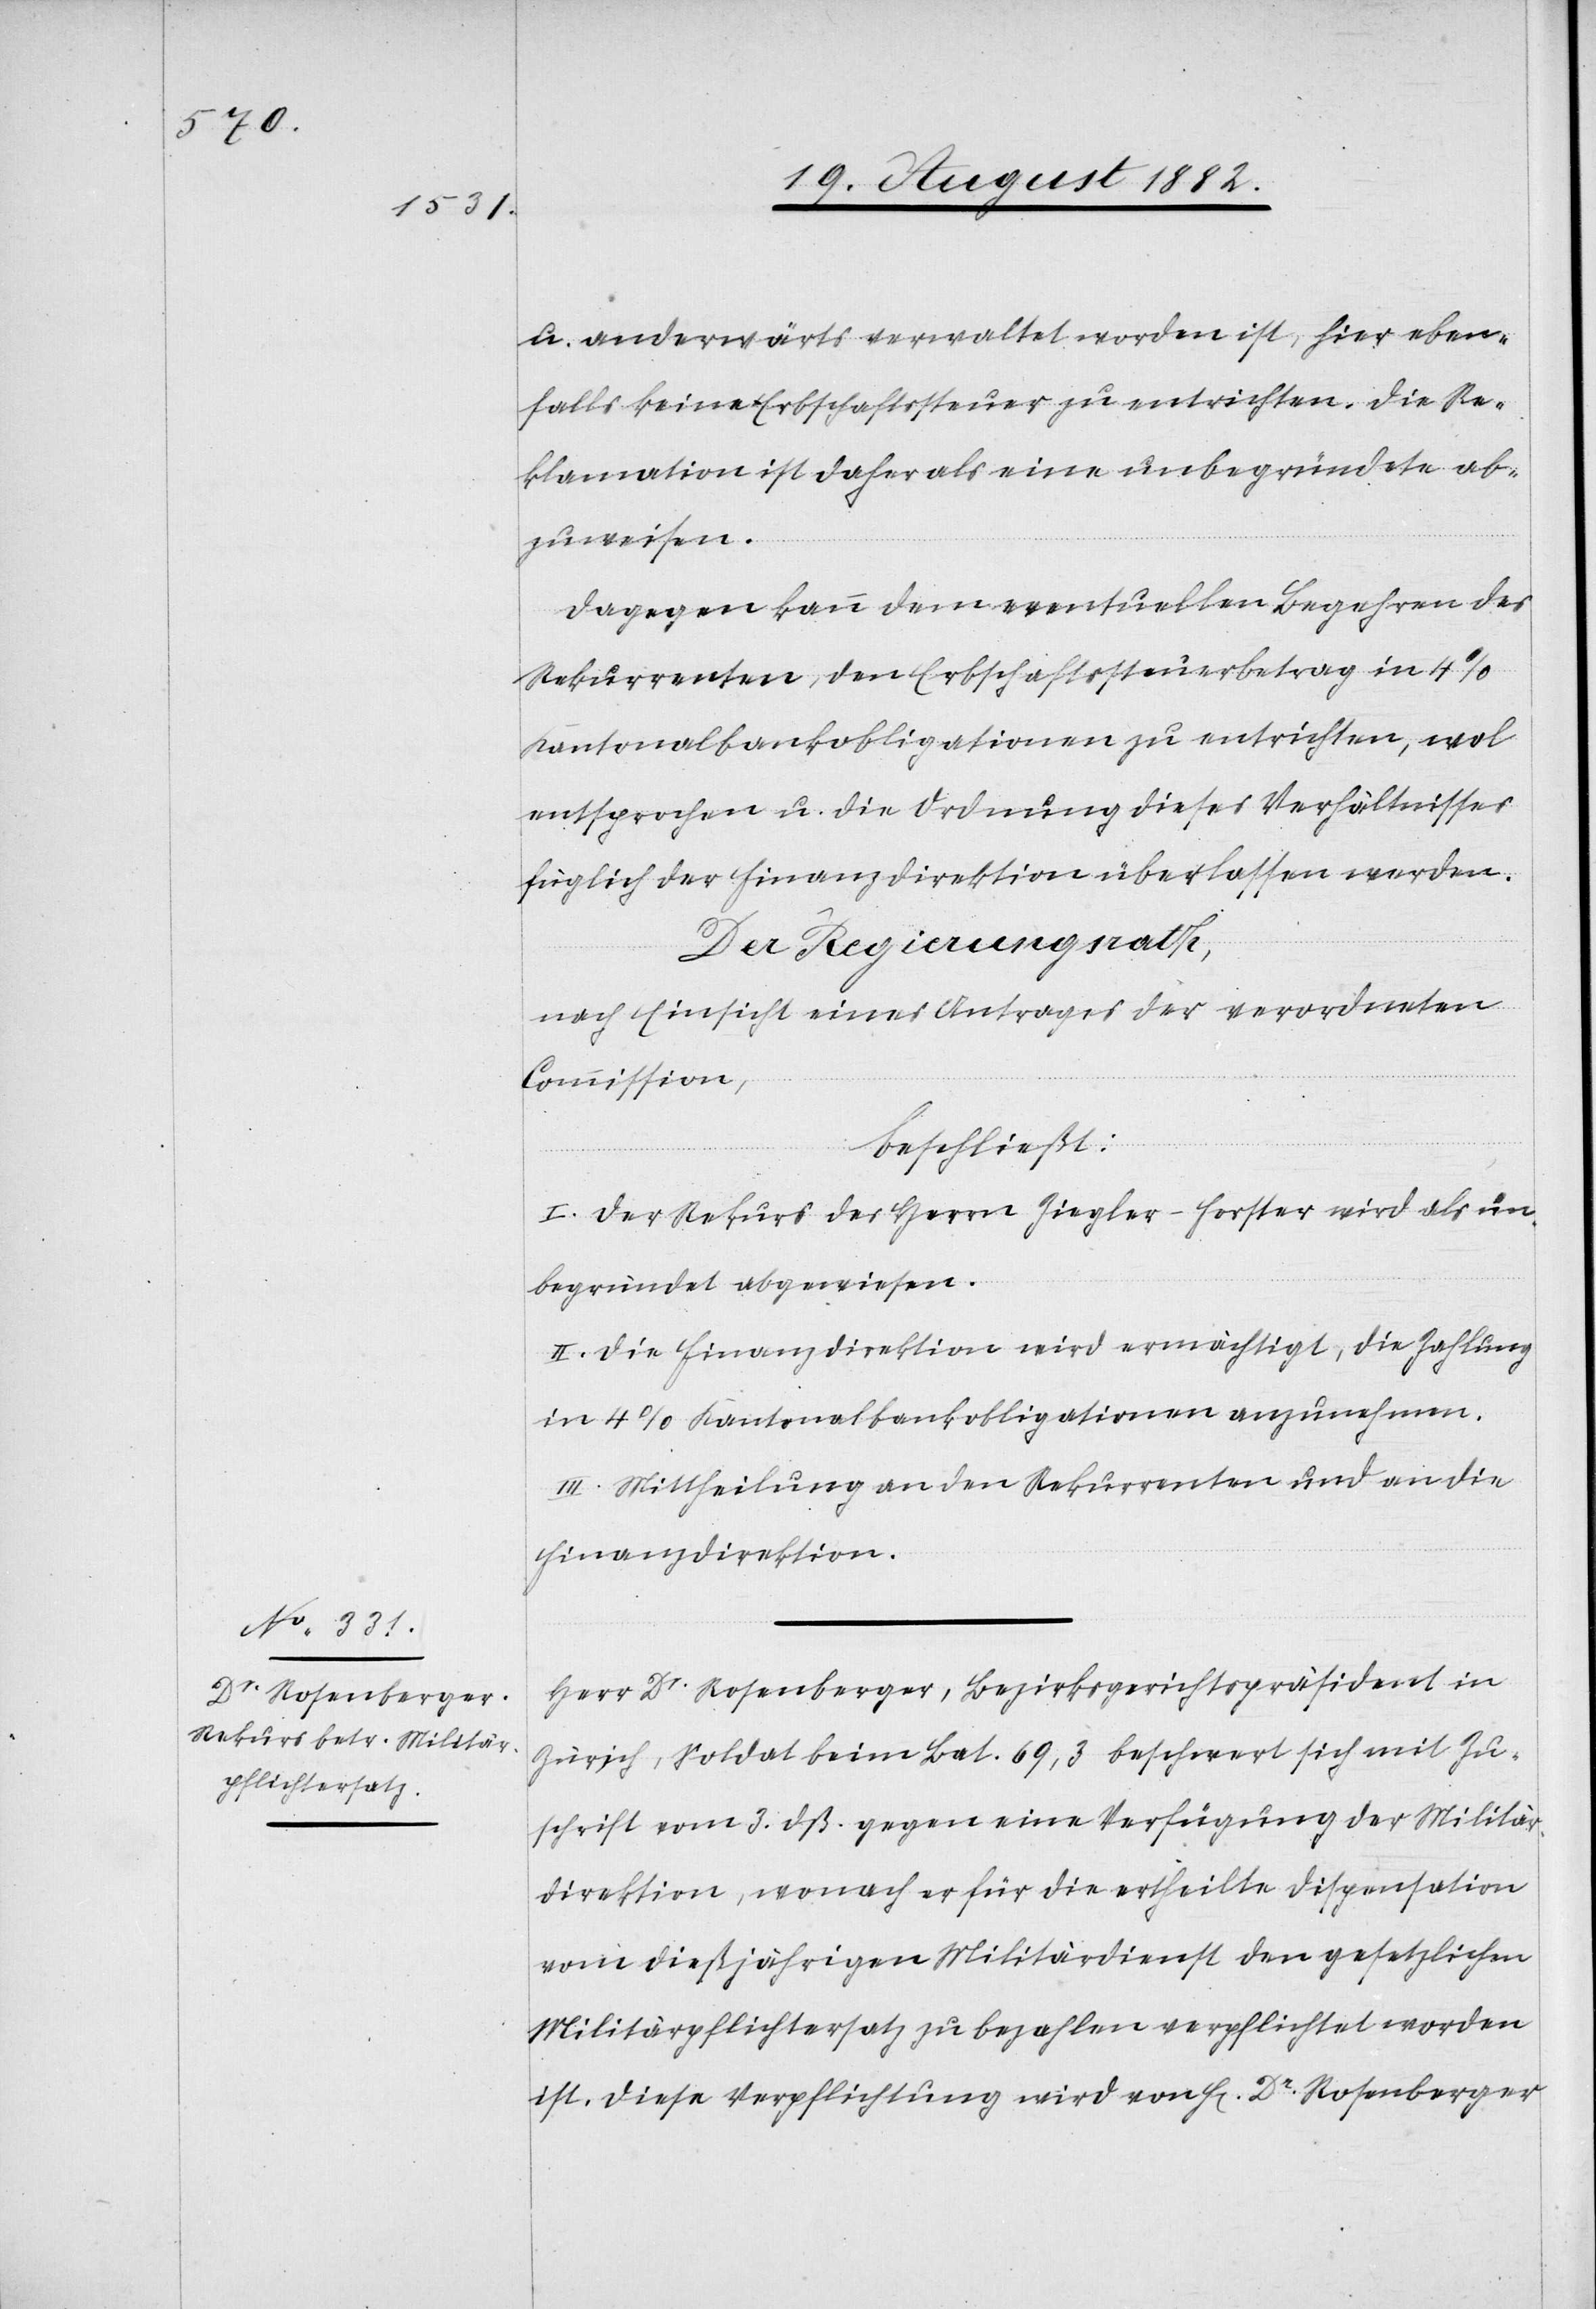
u. anderwärts verwaltet worden ist, hier eben¬
falls keine Erbschaftssteuer zu entrichten. Die Re¬
klamation ist daher als eine unbegründete ab¬
zuweisen.
Dagegen kann dem eventuellen Begehren des
Rekurrenten, den Erbschaftssteuerbetrag in 4%
Kantonalbankobligationen zu entrichten, wol
entsprochen u. die Ordnung dieses Verhältnisses
füglich der Finanzdirektion überlassen werden.
Der Regierungsrath,
nach Einsicht eines Antrages der verordneten
Commission,
beschließt:
I. Der Rekurs des Herrn Ziegler-Forster wird als un¬
begründet abgewiesen.
II. Die Finanzdirektion wird ermächtigt, die Zahlung
in 4% Kantonalbankobligationen anzunehmen.
III. Mittheilung an den Rekurrenten und an die
Finanzdirektion.
Herr Dr Rosenberger, Bezirksgerichtspräsident in
Zürich, Soldat beim Bat. 69,3 beschwert sich mit Zu¬
schrift vom 3. dß. gegen eine Verfügung der Militär¬
direktion, wonach er für die ertheilte Dispensation
vom dießjährigen Militärdienst den gesetzlichen
Militärpflichtersatz zu bezahlen verpflichtet worden
ist. Diese Verpflichtung wird von H[errn] Dr Rosenberger